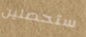
ستحصلين